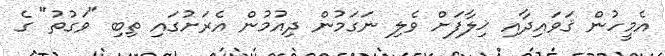
އެމީހުން ޤަވައިދާއި ޚިލާފަށް ވެލި ނަގަމުން ދިއުމުން އެރަށުގައި ތިބި "ވަގުތު" ގެ